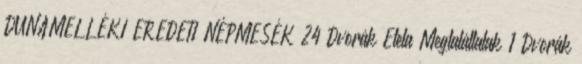
DUNAMELLÉKI EREDETI NÉPMESÉK 24 Dvorák Etela Megtaláltalak 1 Dvorák